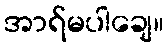
အာရ်မပါချေ။